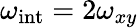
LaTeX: \omega_{\mathrm{int}}=2\omega_{xy}